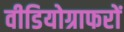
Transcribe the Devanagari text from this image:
वीडियोग्राफरों